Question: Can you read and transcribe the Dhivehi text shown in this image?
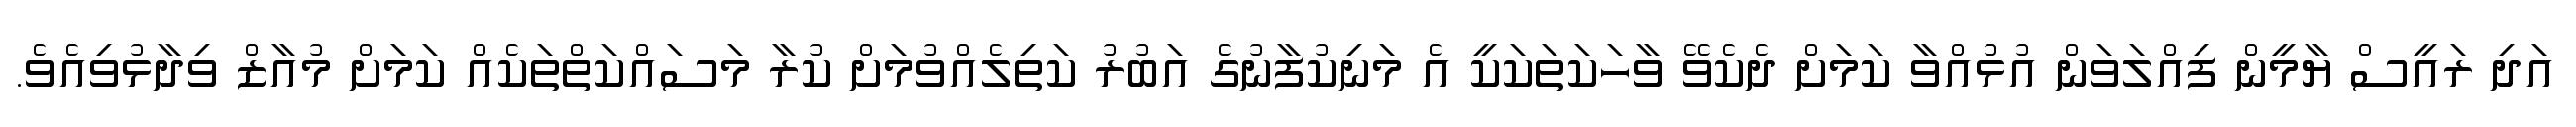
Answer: އަދި ރައީސް ޔާމީން ފިއްލަވަން އުޅުއްވާ ކަމަށް ދެކެވޭ ވާހަކަތަކަކީ އެ މަނިކުފާނުގެ އަބުރު ކަތިލެއްވުމަށް ކުރާ މަސައްކަތްތަކެއް ކަމަށް މުއާޒް ވިދާޅުވިއެވެ.